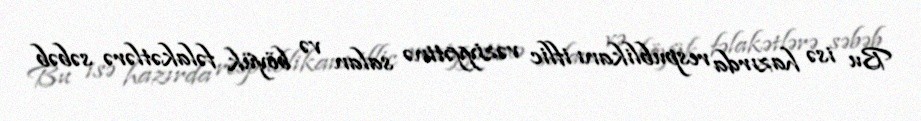
Bu isə hazırda respublikanı iflic vəziyyətinə salan və böyük fəlakətlərə səbəb